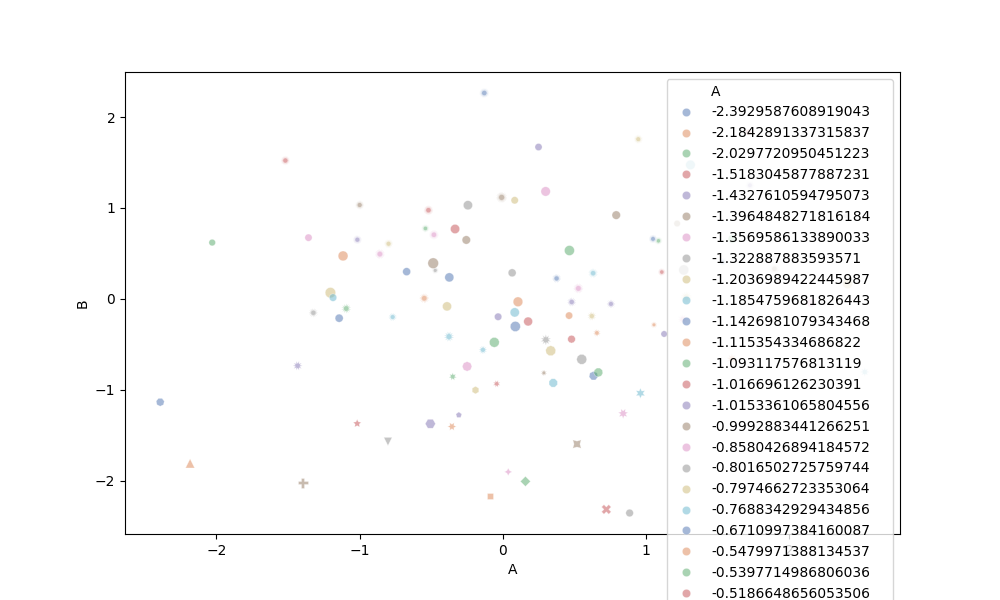
python, seaborn, scatterplot, hue='A', style='B', size='C', palette='deep', alpha=0.5